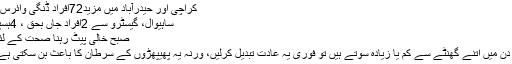
کراچی اور حیدرآباد میں مزید72افراد ڈنگی وائرس کا شکار
ساہیوال، گیسٹرو سے 2افراد جاں بحق ، 4ہسپتال داخل
صبح خالی پیٹ رہنا صحت کے لئے مضر
’ اگر آپ دن میں اتنے گھنٹے سے کم یا زیادہ سوتے ہیں تو فوری یہ عادت تبدیل کرلیں، ورنہ یہ پھیپھڑوں کے سرطان کا باعث بن سکتی ہے کیونکہ۔